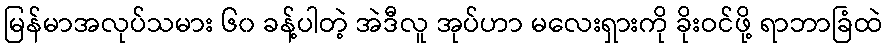
မြန်မာအလုပ်သမား ၆၀ ခန့်ပါတဲ့ အဲဒီလူ အုပ်ဟာ မလေးရှားကို ခိုးဝင်ဖို့ ရာဘာခြံထဲ